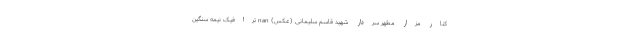
کنار مزار مطهر سردار شهید قاسم سلیمانی (عکس) nan ترافیک نیمه سنگین